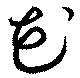
花